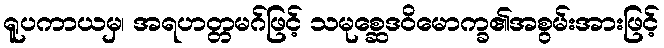
ရူပကာယမှ၊ အရဟတ္တမဂ်ဖြင့် သမုစ္ဆေဒဝိမောက္ခ၏အစွမ်းအားဖြင့်